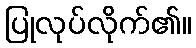
ပြုလုပ်လိုက်၏။